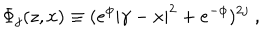
LaTeX: \Phi _ { j } ( z , x ) \equiv ( e ^ { \phi } | \gamma - x | ^ { 2 } + e ^ { - \phi } ) ^ { 2 j } ~ ,